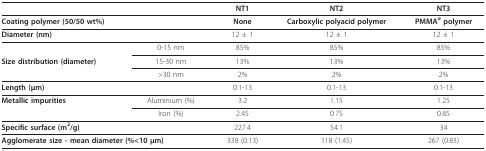
<table><thead><tr><td></td><td></td><td><b>NT1</b></td><td><b>NT2</b></td><td><b>NT3</b></td></tr></thead><tbody><tr><td colspan="2"><b>Coating polymer (50/50 wt%)</b></td><td><b>None</b></td><td><b>Carboxylic polyacid polymer</b></td><td><b>PMMA<sup><i>a </i></sup>polymer</b></td></tr><tr><td><b>Diameter (nm)</b></td><td></td><td>12 ± 1</td><td>12 ± 1</td><td>12 ± 1</td></tr><tr><td></td><td>0-15 nm</td><td>85%</td><td>85%</td><td>85%</td></tr><tr><td><b>Size distribution (diameter)</b></td><td>15-30 nm</td><td>13%</td><td>13%</td><td>13%</td></tr><tr><td></td><td>&gt;30 nm</td><td>2%</td><td>2%</td><td>2%</td></tr><tr><td><b>Length (μm)</b></td><td></td><td>0.1-13</td><td>0.1-13</td><td>0.1-13</td></tr><tr><td><b>Metallic impurities</b></td><td>Aluminium (%)</td><td>3.2</td><td>1.15</td><td>1.25</td></tr><tr><td></td><td>Iron (%)</td><td>2.45</td><td>0.75</td><td>0.85</td></tr><tr><td colspan="2"><b>Specific surface (m</b><sup><b>2</b></sup><b>/g)</b></td><td>227.4</td><td>54.1</td><td>34</td></tr><tr><td colspan="2"><b>Agglomerate size - mean diameter (%&lt;10 μm)</b></td><td>338 (0.13)</td><td>118 (1.45)</td><td>267 (0.83)</td></tr></tbody></table>